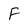
Character: F